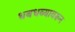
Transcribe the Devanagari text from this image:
धबधब्यावरून